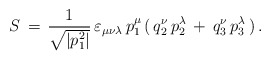
\begin{align*}S\,=\,\frac{1}{\sqrt{| p_1^2|}}\,\varepsilon_{\mu \nu \lambda}\,p_1^\mu\,(\,q_2^\nu \,p_2^\lambda\,+\,q_3^\nu \,p_3^\lambda \,)\,{.}\end{align*}